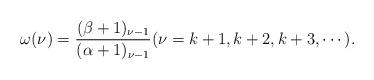
LaTeX: \begin{align*}\omega(\nu)=\dfrac{(\beta +1)_{\nu-1} }{(\alpha+1)_{\nu-1}}( \nu= k+1,k+2,k+3,\cdots).\end{align*}